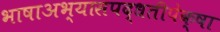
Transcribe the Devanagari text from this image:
भाषाअभ्यासपद्धतीपेक्षा